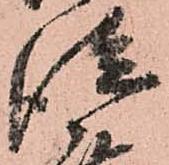
従